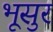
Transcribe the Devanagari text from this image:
भूसुर